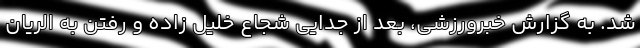
شد. به گزارش خبرورزشی، بعد از جدایی شجاع خلیل زاده و رفتن به الریان